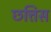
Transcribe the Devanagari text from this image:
छत्तिस